King Institute of Preventive Medicine Micro-Biological Section reports 1909-11
Year: 1909
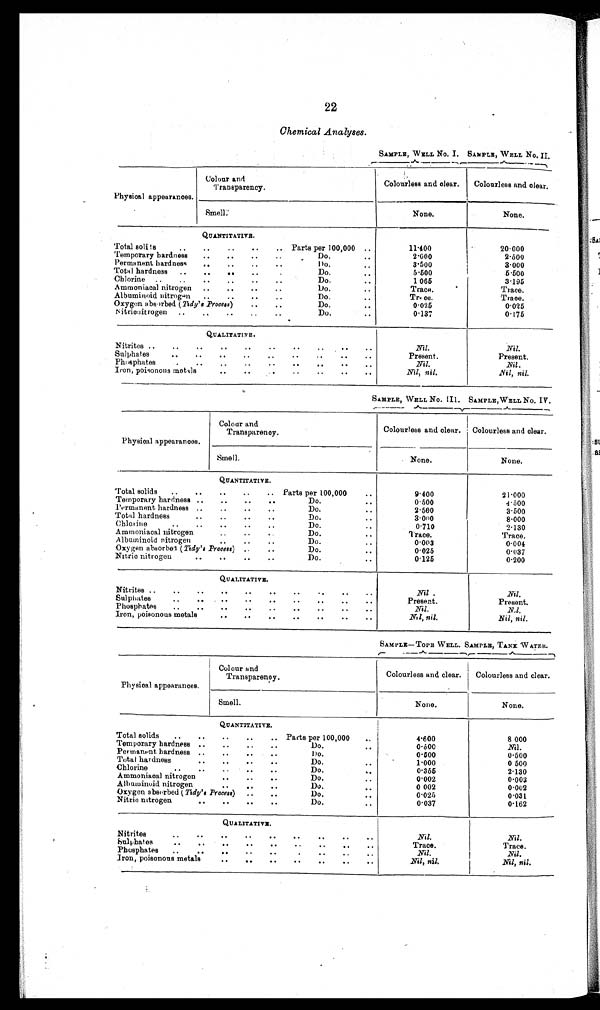
22
Chemical Analyses
SAMPLE, WELL No. I. SAMPLE, WELL No. II.
Physical appearances.
Colour and
Transparency.
Colourless and clear.
Colourless and clear.
Smell.
None.
None.
QUANTITATIVE.
Total solids
Parts per 100,000
11·400
20·000
Temporary hardness
Do.
2·600
2·500
Permanent hardness
Do.
3·500
3 · 0 0 0
Total hardness
Do.
5·500
5·500
Chlorine
Do.
1·065
3·195
Ammoniacal nitrogen
Do.
Trace.
Trace.
Albuminoid nitrogen
Do.
Trace.
Trace.
Oxygen absorbed ( Tidy's Process )
Do.
0·025
0·025
Nitrionitrogen
Do.
0·137
0·175
QUALITATIVE.
Nitrites
Nil.
Nil.
Sulphates
Present.
Present.
Phosphates
Nil.
Nil.
Iron, poisonous metals
Nil, nil.
Nil, nil.
SAMPLE, WELL No. III. SAMPLE,WELL No. IV.
Physical appearances.
Colour and
Transparency.
Colourless and clear.
Colourless and clear.
Smell.
None.
None.
QUANTITATIVE.
Total solids
Parts per 100,000
9·400
21·000
Temporary hardness
Do.
0·500
4.500
Permanent hardness
Do.
2·500
3·500
Total hardness
Do.
3·000
8·000
Chlorine
Do.
0·710
2·130
Ammoniacal nitrogen
Trace.
Trace.
Albuminoid nitrogen
0·003
0·004
Oxygen absorbed ( Tidy's Process )
Do
0·025
0·037
Nitric nitrogen
Do
0.125
0·200
QUALITATIVE.
Nitrites
Nil.
Nil.
Sulphates
Present.
Present.
Phosphates
Nil.
Nil.
Iron, poisonous metals
Nil, nil.
Nil, nil.
SAMPLE–TOPE WELL. SAMPLE, TANK WATER.
Physical appearances.
Colour and
Transparency.
Colourless and clear.
Colourless and clear.
Smell.
None.
None.
QUANTITATIVE.
Total solids
Parts per 100,000
4·600
8·000
Temporary hardness
Do.
0·500
Nil.
Permanent hardness
Do.
0·500
0·500
Total hardness
Do.
1·000
0 500
Chlorine
Do.
0·355
2·130
Ammoniacal nitrogen
Do.
0·002
0·003
Albuminoid nitrogen
DO.
0·002
0·002
Oxygen absorbed ( Tidy 's Process)
Do.
0·025
0·031
Nitric nitrogen
Do.
0·037
0·162
QUALITATIVE.
Nitrites
Nil.
Nil.
Sulphates
Trace.
Trace.
Phosphates
Nil.
Nil.
Iron, poisonous metals
Nil, nil.
Nil, nil.